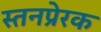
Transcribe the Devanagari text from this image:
स्तनप्रेरक